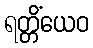
ရတ္တိံယေဝ